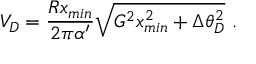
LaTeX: V _ { D } = \frac { R x _ { m i n } } { 2 \pi \alpha ^ { \prime } } \sqrt { G ^ { 2 } x _ { m i n } ^ { 2 } + \Delta \theta _ { D } ^ { 2 } } \ .